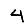
Digit: 4